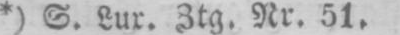
*) S. Lux. Ztg. Nr. 51.